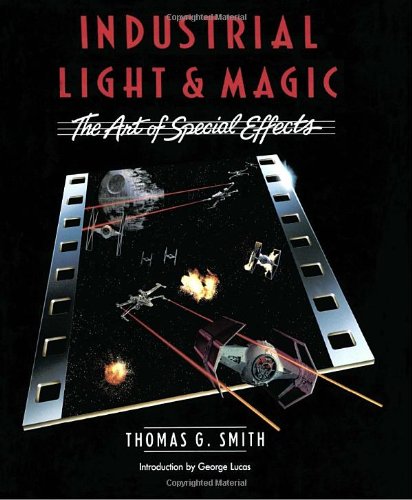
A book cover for Industrial Light & Magic:  The Art of Special Effects; Thomas G. Smith; Arts & Photography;